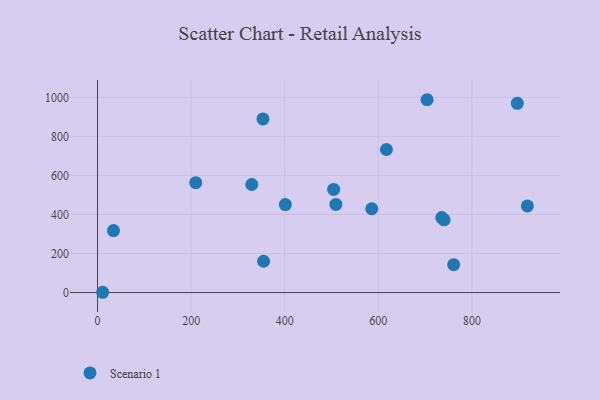
{"axis": {"x": "Ad Spend", "y": "Yield"}, "legend": ["Scenario 1"], "data": [{"x": "735.5", "y": 384.2, "type": "Scenario 1"}, {"x": "504.5", "y": 528.2, "type": "Scenario 1"}, {"x": "401.3", "y": 450.7, "type": "Scenario 1"}, {"x": "34.1", "y": 317.3, "type": "Scenario 1"}, {"x": "585.9", "y": 429.2, "type": "Scenario 1"}, {"x": "209.8", "y": 562.9, "type": "Scenario 1"}, {"x": "918.4", "y": 443.8, "type": "Scenario 1"}, {"x": "353.5", "y": 889.4, "type": "Scenario 1"}, {"x": "760.9", "y": 143.0, "type": "Scenario 1"}, {"x": "10.9", "y": 1.4, "type": "Scenario 1"}, {"x": "896.9", "y": 969.1, "type": "Scenario 1"}, {"x": "354.8", "y": 160.4, "type": "Scenario 1"}, {"x": "329.5", "y": 553.3, "type": "Scenario 1"}, {"x": "704.1", "y": 987.6, "type": "Scenario 1"}, {"x": "617.2", "y": 732.6, "type": "Scenario 1"}, {"x": "509.3", "y": 451.2, "type": "Scenario 1"}, {"x": "740.4", "y": 372.4, "type": "Scenario 1"}]}